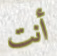
أنت